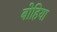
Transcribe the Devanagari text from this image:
बोहिया